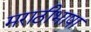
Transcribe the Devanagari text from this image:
मराठीभाषा